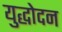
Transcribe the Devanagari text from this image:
युद्धोदन